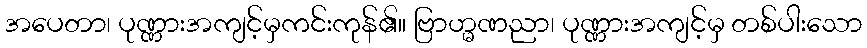
အပေတာ၊ ပုဏ္ဏားအကျင့်မှကင်းကုန်၏။ ဗြာဟ္မဏညာ၊ ပုဏ္ဏားအကျင့်မှ တစ်ပါးသော